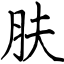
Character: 肤